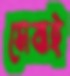
সেবাই